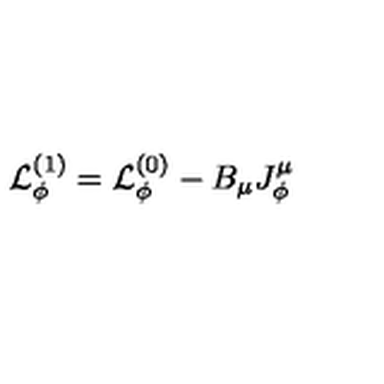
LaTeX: { \cal L } _ { \phi } ^ { ( 1 ) } = { \cal L } _ { \phi } ^ { ( 0 ) } - B _ { \mu } J _ { \phi } ^ { \mu }